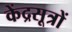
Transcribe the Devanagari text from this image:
केंद्रसूत्रों